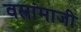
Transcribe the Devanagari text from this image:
वस्त्रांमाजी